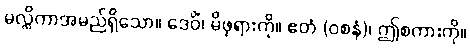
မလ္လိကာအမည်ရှိသော။ ဒေဝိံ၊ မိဖုရားကို။ ဧတံ (ဝစနံ)၊ ဤစကားကို။